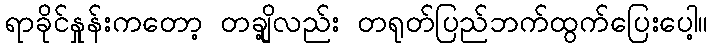
ရာခိုင်နှုန်းကတော့ တချို့လည်း တရုတ်ပြည်ဘက်ထွက်ပြေးပေါ့။